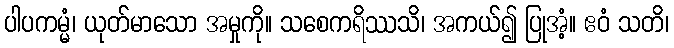
ပါပကမ္မံ၊ ယုတ်မာသော အမှုကို။ သစေကရိဿသိ၊ အကယ်၍ ပြုအံ့။ ဧဝံ သတိ၊